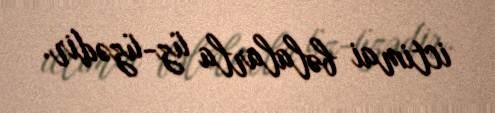
ictimai bəlalarla üz-üzədir.